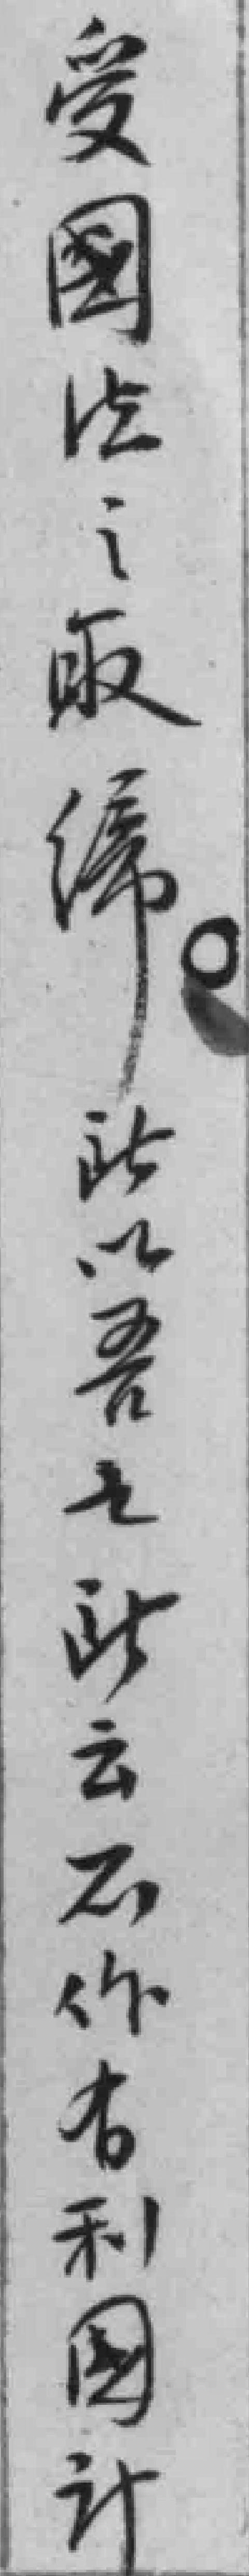
受國法之取缔。此以吾之此云不作有國计